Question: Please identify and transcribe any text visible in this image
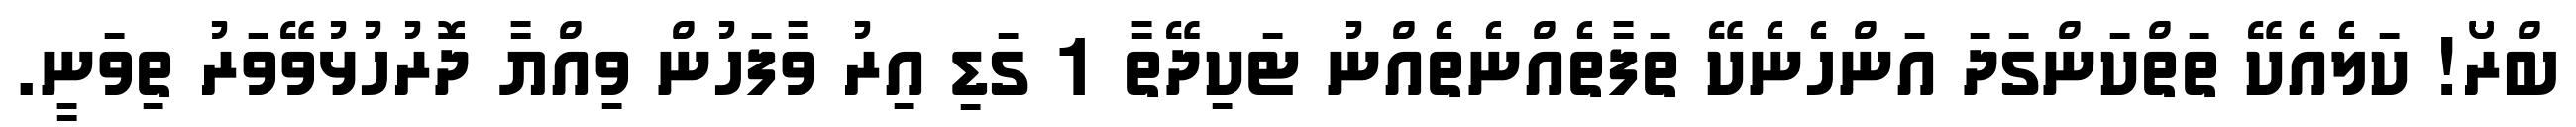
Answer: ބްރޯ! ކަލެއެކޭ ތަތްކަންގަދަ އަންހެނެކޭ ތަފާތެއްނެތެއްނު ޓަކިދޭތާ 1 ގަޑި އިރު ވާފަހުން ވިއްޔާ ދޮރުހުޅުވޭވަރު ތިވަނީ.